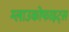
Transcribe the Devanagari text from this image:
ग्लाउकोफाइट्स